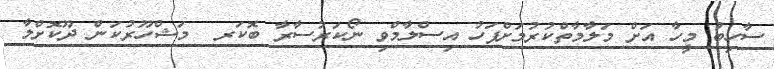
ސާހިބު މީހާ އަށް މަލާމާތްކުރުމަށްފަހު އިސްލާމްވި ނޯކަރުސާރާ ބޮކަރ  މަޝްހޫރުކަން ދޫކޮށްލާ